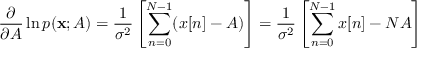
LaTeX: { \frac { \partial } { \partial A } } \ln p ( \mathbf { x } ; A ) = { \frac { 1 } { \sigma ^ { 2 } } } \left[ \sum _ { n = 0 } ^ { N - 1 } ( x [ n ] - A ) \right] = { \frac { 1 } { \sigma ^ { 2 } } } \left[ \sum _ { n = 0 } ^ { N - 1 } x [ n ] - N A \right]